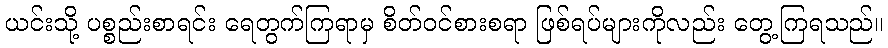
ယင်းသို့ ပစ္စည်းစာရင်း ရေတွက်ကြရာမှ စိတ်ဝင်စားစရာ ဖြစ်ရပ်များကိုလည်း တွေ့ကြရသည်။